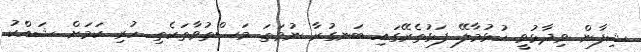
ޝިފާން ވިދާޅުވީ ހުޅުމާލޭ ފަޅުތެރޭގައި ބަނގުރާ ނުވަތަ މަސްތުވާތަކެތި ހުރި ކަމަށް ޝައްކު